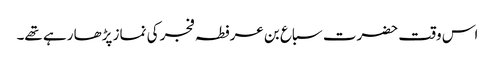
اس وقت حضرت سباع بن عرفطہ فجر کی نماز پڑھا رہے تھے۔